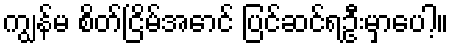
ကျွန်မ စိတ်ငြိမ်အောင် ပြင်ဆင်ရဦးမှာပေါ့။